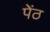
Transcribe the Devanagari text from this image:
पेंठ